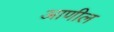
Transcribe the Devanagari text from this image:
आणील